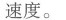
速度。